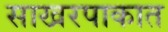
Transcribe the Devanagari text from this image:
साखरपाकात